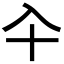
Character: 𠓝